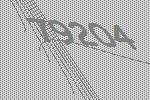
79204